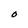
Character: O